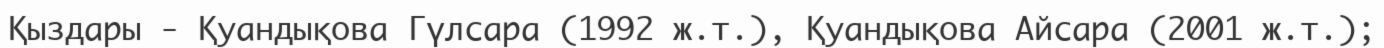
Қыздары - Қуандықова Гүлсара (1992 ж.т.), Қуандықова Айсара (2001 ж.т.);